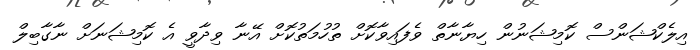
އިލެކްޝަންސް ކޮމިޝަނުން ހިޔާނާތް ވެފައިވާކޮށް ތުހުމަތުކޮށް އޭނާ ވިދާވީ އެ ކޮމިޝަނަށް ނާގާބިލް